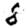
Digit: 8